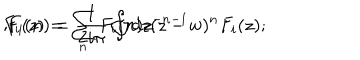
F _ { i } ( z ) = \sum _ { n } F _ { i } ( n ) z ^ { - n - 1 } \hspace { 5 m m } ; \hspace { 5 m m } F _ { i } ( n ) = \frac { 1 } { 2 i \pi } \oint { d z ( z - w ) ^ { n } F _ { i } ( z ) } ;